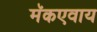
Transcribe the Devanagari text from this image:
मॅकएवाय